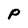
Character: P